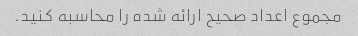
مجموع اعداد صحیح ارائه شده را محاسبه کنید.